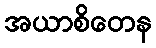
အယာစိတေန